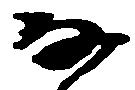
な